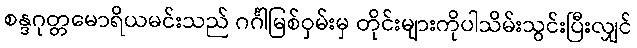
စန္ဒဂုတ္တမောရိယမင်းသည် ဂင်္ဂါမြစ်ဝှမ်းမှ တိုင်းများကိုပါသိမ်းသွင်းပြီးလျှင်